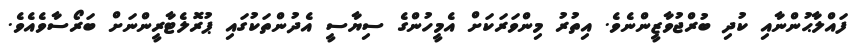
ފައްލާޙުންނާއި ކުދި ބުރްޖުވާޒީންނެވެ. އިތުރު މިންވަރަކަށް އެމީހުންގެ ސިޔާސީ އެދުންތަކުގައި ޕުރޮލެޓާރީންނަށް ބަރޯސާވެއެވެ.